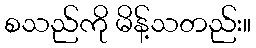
စသည်ကို မိန့်သတည်း။